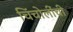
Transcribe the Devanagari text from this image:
चिंचोलींची